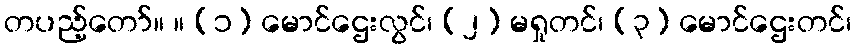
တပည့်တော်။ ။ (၁) မောင်ဌေးလွင်၊ (၂) မရှုတင်၊ (၃) မောင်ဌေးတင်၊